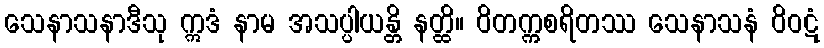
သေနာသနာဒီသု ဣဒံ နာမ အသပ္ပါယန္တိ နတ္ထိ။ ဝိတက္ကစရိတဿ သေနာသနံ ဝိဝဋံ